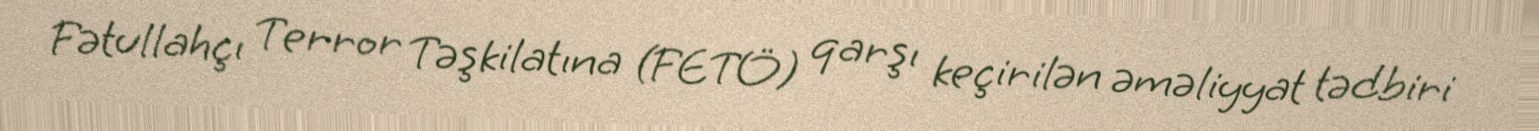
Fətullahçı Terror Təşkilatına (FETÖ) qarşı keçirilən əməliyyat tədbiri